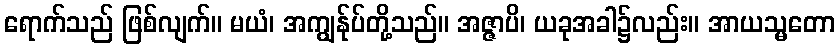
ရောက်သည် ဖြစ်လျက်။ မယံ၊ အကျွန်ုပ်တို့သည်။ အဇ္ဇာပိ၊ ယခုအခါ၌လည်း။ အာယသ္မတော